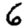
Digit: 6